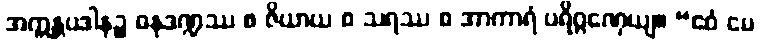
အက္ကန္တပဒါနဉ္စ ဓနုဒဏ္ဍဿ စ ဇိယာယ စ သရဿ စ အာကာရံ ပရိဂ္ဂဏှေယျ။ “ဧဝံ မေ